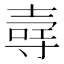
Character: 𪤳